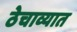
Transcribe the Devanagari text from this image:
ठेचाव्यात